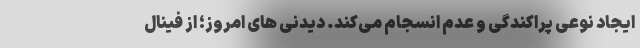
ایجاد نوعی پراکندگی و عدم انسجام می‌کند. دیدنی های امروز؛ از فینال